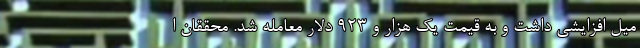
میل افزایشی داشت و به قیمت یک هزار و ۹۲۳ دلار معامله شد. محققان ا